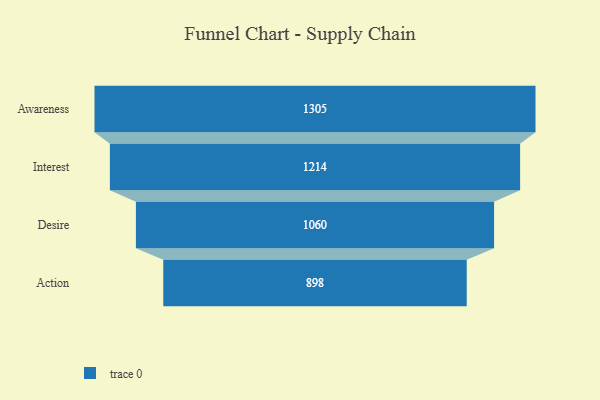
{"axis": {"x": "Stage", "y": "Value"}, "legend": [""], "data": [{"x": "Awareness", "y": 1305.0, "type": ""}, {"x": "Interest", "y": 1214.0, "type": ""}, {"x": "Desire", "y": 1060.0, "type": ""}, {"x": "Action", "y": 898.0, "type": ""}]}